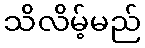
သိလိမ့်မည်